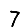
Digit: 7